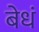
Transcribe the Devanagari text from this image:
बेधं